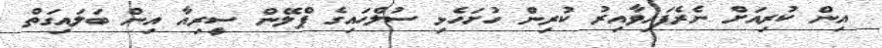
އިން ކުރިއަށް ނެރެފައިވާއިރު ކުރިން ހުށަހެޅި ސުލްހައިގެ ޕްލޭން ސީރިއާ އިން ބަލައިގަތް